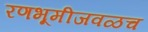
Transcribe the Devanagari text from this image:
रणभूमीजवळच